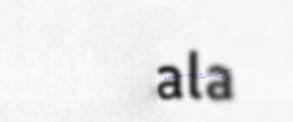
árvala